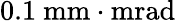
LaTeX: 0.1\ \mathrm{mm\cdot mrad}